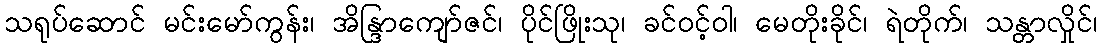
သရုပ်ဆောင် မင်းမော်ကွန်း၊ အိန္ဒြာကျော်ဇင်၊ ပိုင်ဖြိုးသု၊ ခင်ဝင့်ဝါ၊ မေတိုးခိုင်၊ ရဲတိုက်၊ သန္တာလှိုင်၊